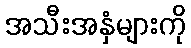
အသီးအနှံများကို